Reports on military cantonments and civil stations in the Presidency of Bombay inspected by the Sanitary Commissioner in the years 1875 and 1876
Year: 1875
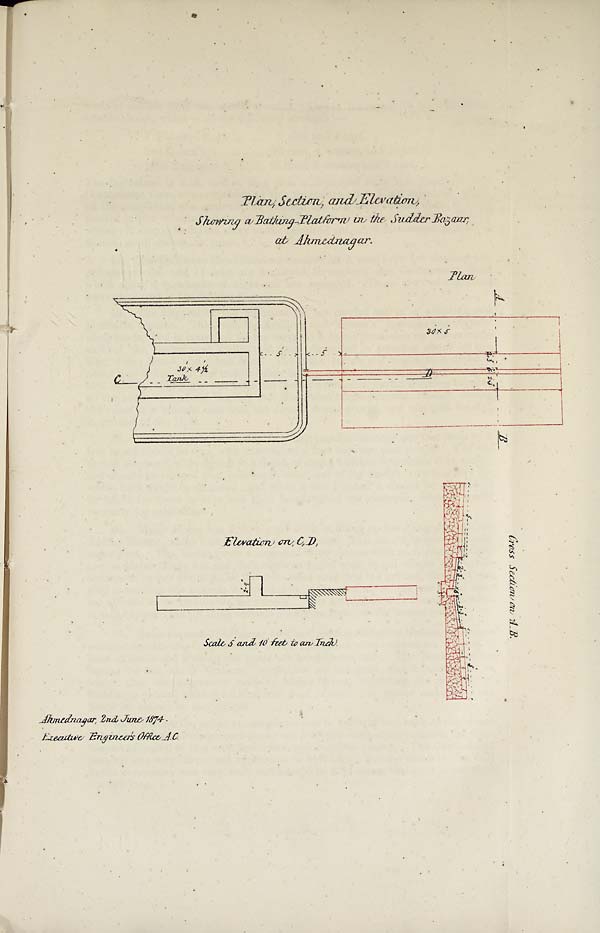
Plan, Section and ,Elevation,
Showing a Bathing- Platform in the Sudder Bazaar
at Ahmednagar.
Elevation on C,D,
Scale 5 and 10 feet to an Inch .
•
Ahmednagar,2nd June 1874. ,
Execut i ve Engi nner' s Offi ce. AC. ,
Cross section on A.B.,